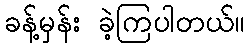
ခန့်မှန်း ခဲ့ကြပါတယ်။